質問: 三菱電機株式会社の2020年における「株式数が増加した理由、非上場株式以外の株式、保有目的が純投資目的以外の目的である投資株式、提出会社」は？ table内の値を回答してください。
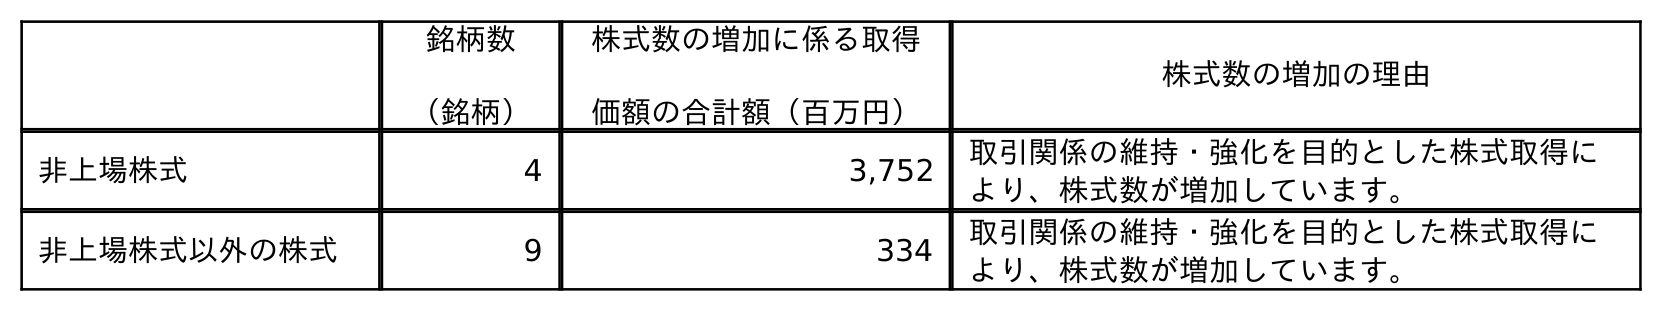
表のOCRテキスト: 銘柄数 （銘柄） 株式数の増加に係る取得 価額の合計額（百万円） 株式数の増加の理由 非上場株式 4 3,752 取引関係の維持・強化を目的とした株式取得に より、株式数が増加しています。 非上場株式以外の株式 9 334 取引関係の維持・強化を目的とした株式取得に より、株式数が増加しています。
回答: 取引関係の維持・強化を目的とした株式取得により、株式数が増加しています。